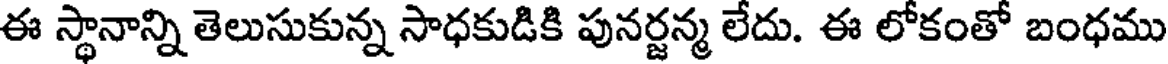
ఈ స్థానాన్ని తెలుసుకున్న సాధకుడికి పునర్జన్మ లేదు. ఈ లోకంతో బంధము